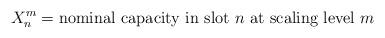
LaTeX: \begin{align*}X^m_n=\mbox{nominal capacity in slot $n$ at scaling level $m$}\end{align*}